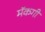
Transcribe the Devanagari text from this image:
मॅकगी